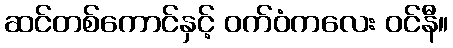
ဆင်တစ်ကောင်နှင့် ဝက်ဝံကလေး ဝင်နီ။